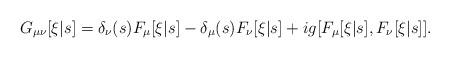
LaTeX: \begin{align*}G_{\mu\nu}[\xi|s] = \delta_\nu(s) F_\mu[\xi|s]- \delta_\mu(s) F_\nu[\xi|s] + ig [F_\mu[\xi|s], F_\nu[\xi|s]].\end{align*}